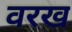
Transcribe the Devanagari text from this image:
वरख